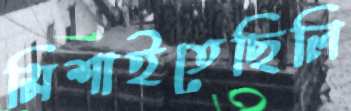
মিশাইতেছিলি